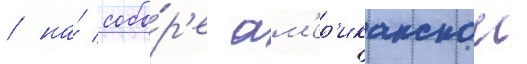
/ на́ собо́р'е ам'ер'иканскои